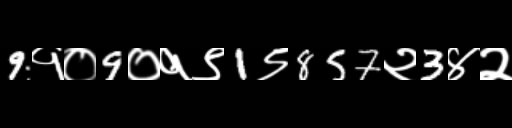
Text: 9१०9०१९1९857२3४२